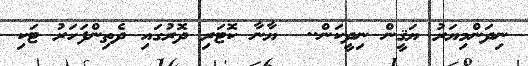
ނިދަންމިޔަރު ޔަޤީން ނިދީކަން..  ޔާނާ ކޮޓަރި ދޮރުގައި ދެތިންފަހަރު ޓަކި